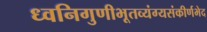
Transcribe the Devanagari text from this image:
ध्वनिगुणीभूतव्यंग्यसंकीर्णभेद